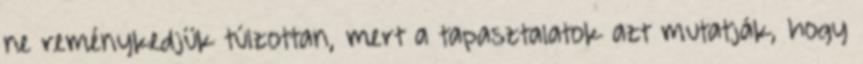
ne reménykedjük túlzottan, mert a tapasztalatok azt mutatják, hogy